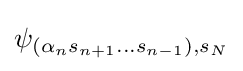
\psi _{(\alpha _{n}s_{n+1}...s_{n-1}),s_{N}}